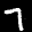
Label: 7